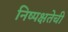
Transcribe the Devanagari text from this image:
निष्‍पक्षतेची